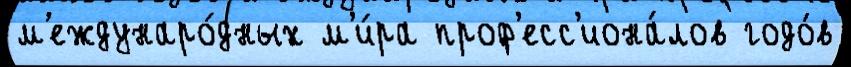
м'еждунаро́дных м'и́ра проф'есс'иона́лов годо́в